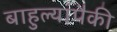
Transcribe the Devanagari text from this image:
बाहुल्यांपैकी